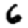
Digit: 6